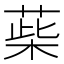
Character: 䓱